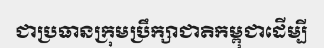
ជាប្រធានក្រុមប្រឹក្សាជាតិកម្ពុជាដើម្បី